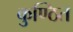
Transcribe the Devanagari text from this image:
कुण्ठित